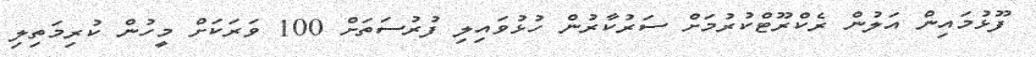
ފޫޅުމައިން އަލުން ރެކްރޫޓްކުރުމަށް ސަރުކާރުން ހުޅުވައިލި ފުރުސަތަށް 100 ވަރަކަށް މީހުން ކުރިމަތިލި